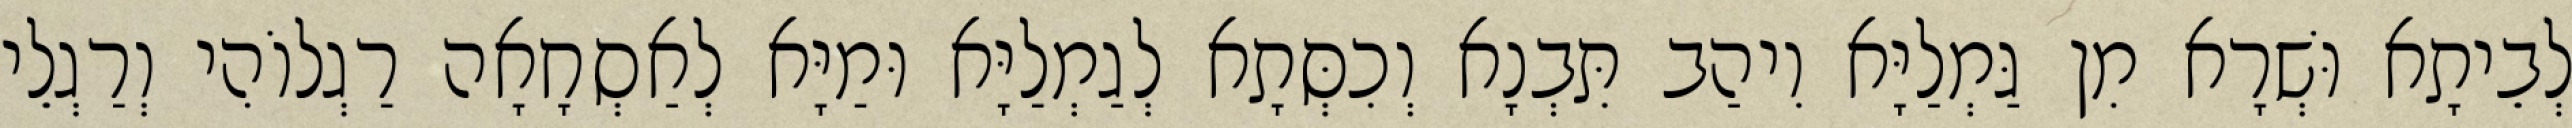
לְבֵיתָא וּשְׁרָא מִן גַּמְלַיָּא וִיהַב תִּבְנָא וְכִסְּתָא לְגַמְלַיָּא וּמַיָּא לְאַסְחָאָה רַגְלוֹהִי וְרַגְלֵי